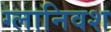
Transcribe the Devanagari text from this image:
ग्लानिवश